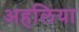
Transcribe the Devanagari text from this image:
अहलिया